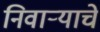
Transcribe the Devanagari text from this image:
निवाऱ्याचे